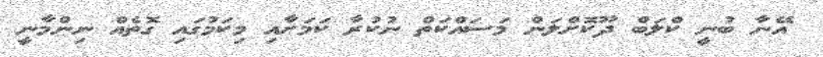
އޭނާ ބުނީ ކްލަބް ދޫކޮށްލަން މަސައްކަތް ނުކުރާ ކަމަށާއި މިކަމުގައި ގޮތެއް ނިންމާނީ